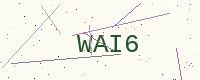
Text: WAI6